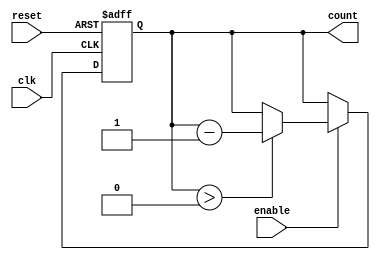
module down_counter (
    input wire clk,           // Clock signal
    input wire enable,        // Enable signal
    input wire reset,         // Asynchronous reset signal
    output reg [N-1:0] count  // Counter output
);
    parameter max_value = 15; // Maximum count value
    localparam N = $clog2(max_value + 1); // Number of bits required

    // Asynchronous reset and counting logic
    always @(posedge clk or posedge reset) begin
        if (reset) begin
            count <= max_value; // Reset to max_value on reset
        end else if (enable) begin
            if (count > 0) begin
                count <= count - 1; // Decrement count if enabled and not zero
            end
            // If count is 0, it remains 0
        end
    end

    // Initialize the count to max_value on the first reset
    initial begin
        count = max_value; // Start value
    end

endmodule